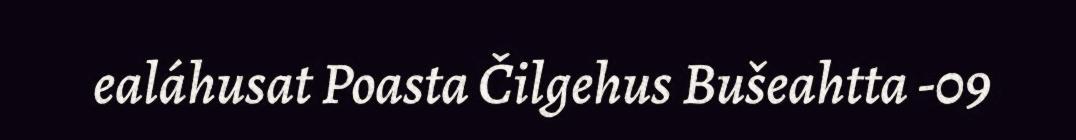
ealáhusat Poasta Čilgehus Bušeahtta -09